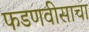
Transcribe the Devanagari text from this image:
फडणवीसाचा